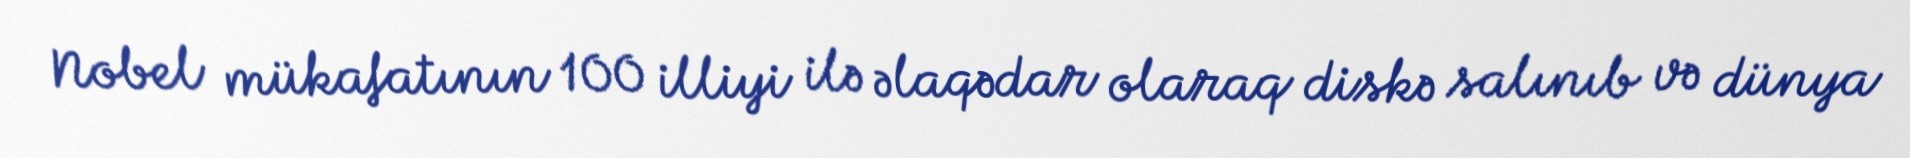
Nobel mükafatının 100 illiyi ilə əlaqədar olaraq diskə salınıb və dünya